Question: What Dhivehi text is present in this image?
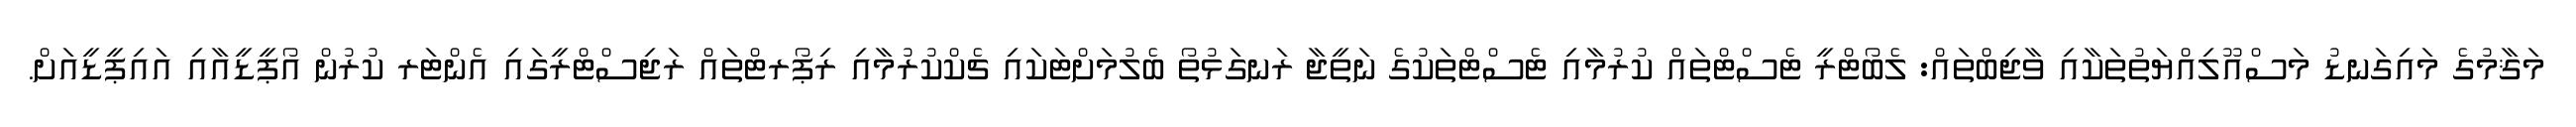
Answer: މަޤާމުގެ މައިގަނޑު މަސްއޫލިއްޔަތުތަކާއި ވާޖިބްތައް: ލެބޯޓްރީ ޓެސްޓްތައް ކުރުމާއި ޓެސްޓްތަކުގެ ނަތީޖާ ރަނގަޅުތޯ ބެލުމަށްޓަކައި ޗެކްކުރުމާއި ރިޕޯރޓްތައް ރަޖިސްޓްރީގައި އެންޓަރ ކުރުން އޯޕީޑީއާއި އައިޕީޑީއަށް.